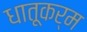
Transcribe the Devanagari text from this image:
धातूकर्म